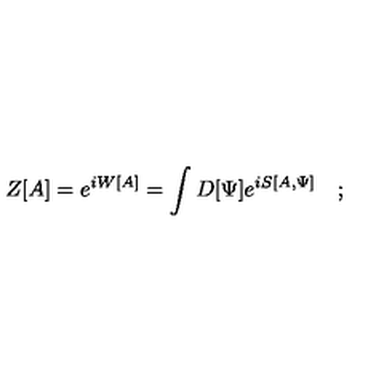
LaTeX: Z [ A ] = e ^ { i W [ A ] } = \int D [ \Psi ] e ^ { i S [ A , \Psi ] } \quad ;